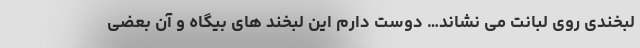
لبخندی روی لبانت می نشاند… دوست دارم این لبخند های بیگاه و آن بعضی